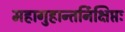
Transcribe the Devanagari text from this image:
महागुहान्तर्निक्षिप्तः